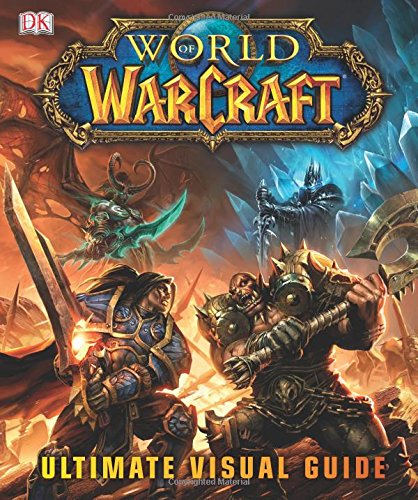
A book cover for World of Warcraft: Ultimate Visual Guide; DK Publishing; Science Fiction & Fantasy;